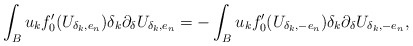
\begin{align*} \int_{{B}} u_k f_0'(U_{\delta_k,e_n})\delta_k \partial_\delta U_{\delta_k,e_n} =-\int_{{B}} u_k f_0'(U_{\delta_k,-e_n})\delta_k \partial_\delta U_{\delta_k,-e_n},\end{align*}